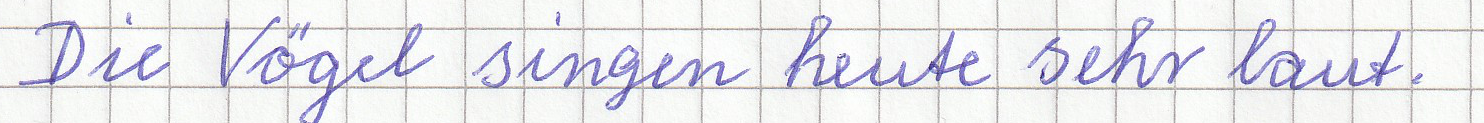
Die Vögel singen heute sehr laut.